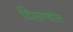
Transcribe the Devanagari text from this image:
दिसण्यांत